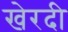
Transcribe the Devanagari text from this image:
खेरदी